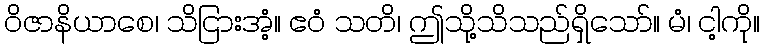
ဝိဇာနိယာစေ၊ သိငြားအံ့။ ဧဝံ သတိ၊ ဤသို့သိသည်ရှိသော်။ မံ၊ ငါ့ကို။